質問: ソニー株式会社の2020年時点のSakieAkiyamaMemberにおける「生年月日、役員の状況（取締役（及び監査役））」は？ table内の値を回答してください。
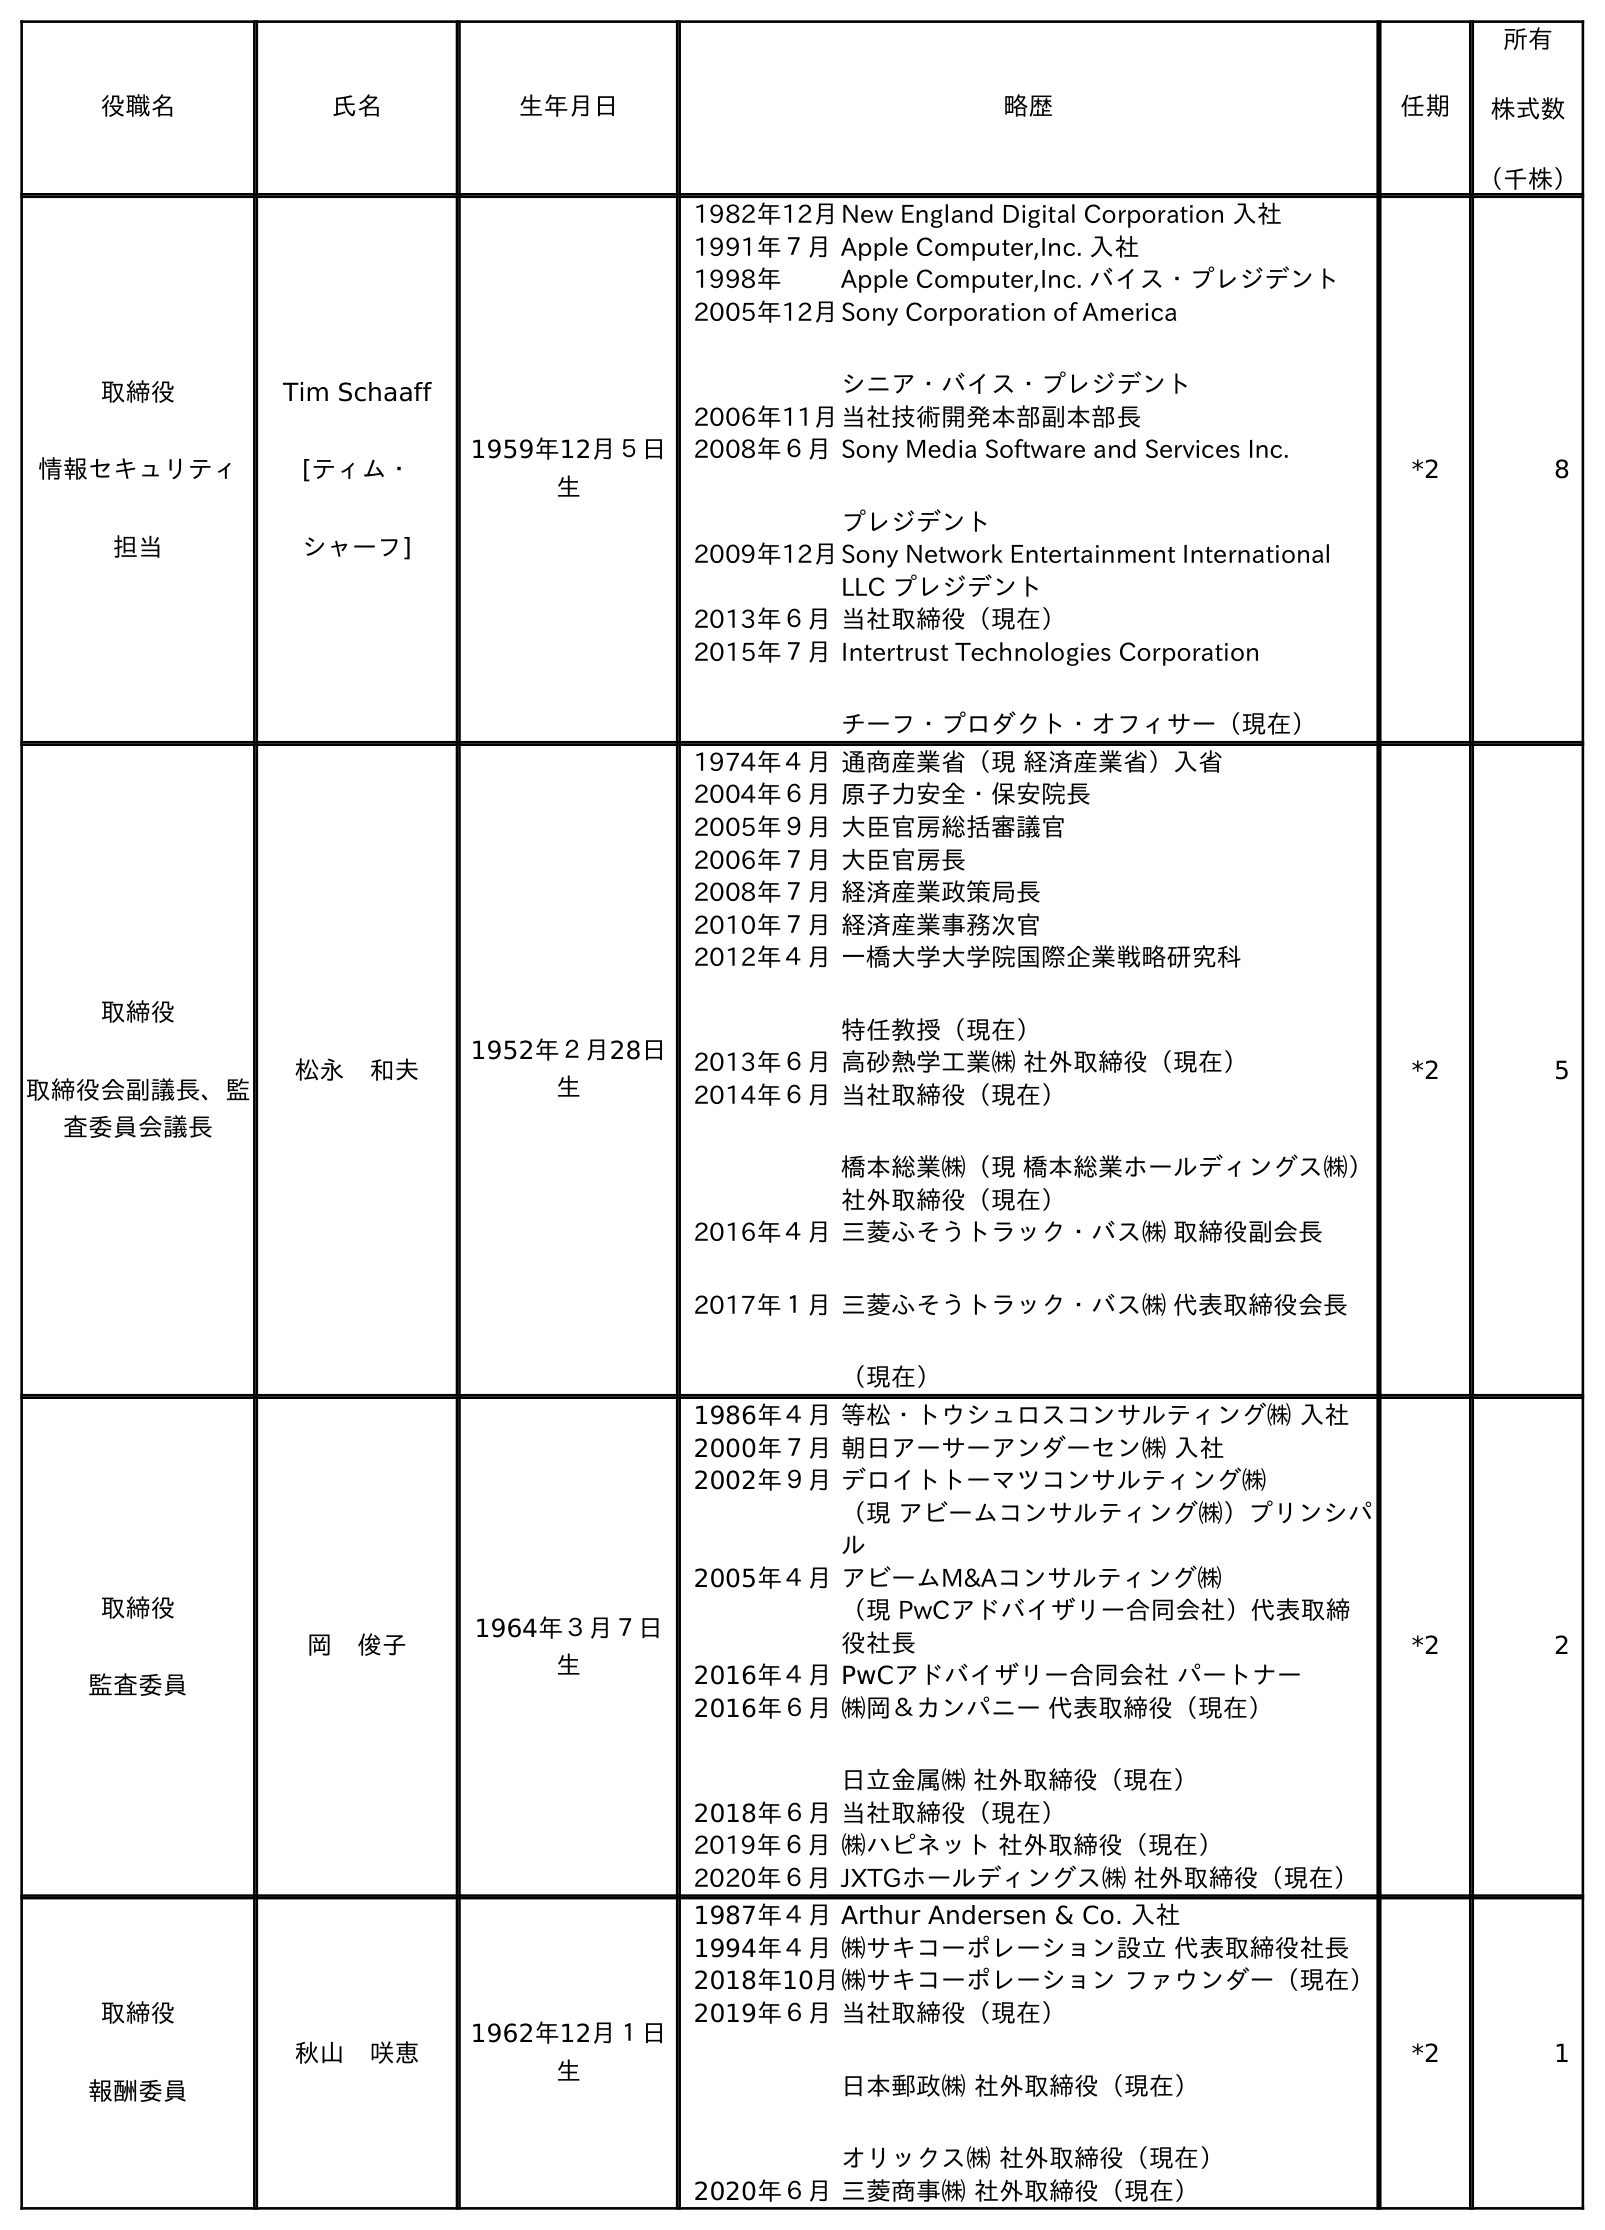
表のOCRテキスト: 役職名 氏名 生年月日 略歴 任期 所有 株式数 （千株） 取締役 情報セキュリティ 担当 Tim Schaaff [ティム・ シャーフ] 1959年12月５日 生 1982年12月New England Digital Corporation 入社 1991年７月Apple Computer,Inc. 入社 1998年 Apple Computer,Inc. バイス・プレジデント 2005年12月Sony Corporation of America シニア・バイス・プレジデント 2006年11月当社技術開発本部副本部長 2008年６月Sony Media Software and Services Inc. プレジデント 2009年12月Sony Network Entertainment International LLC プレジデント 2013年６月当社取締役（現在） 2015年７月Intertrust Technologies Corporation チーフ・プロダクト・オフィサー（現在） *2 8 取締役 取締役会副議長、監 査委員会議長 松永 和夫 1952年２月28日 生 1974年４月通商産業省（現 経済産業省）入省 2004年６月原子力安全・保安院長 2005年９月大臣官房総括審議官 2006年７月大臣官房長 2008年７月経済産業政策局長 2010年７月経済産業事務次官 2012年４月一橋大学大学院国際企業戦略研究科 特任教授（現在） 2013年６月高砂熱学工業㈱ 社外取締役（現在） 2014年６月当社取締役（現在） 橋本総業㈱（現 橋本総業ホールディングス㈱） 社外取締役（現在） 2016年４月 2017年１月 三菱ふそうトラック・バス㈱ 取締役副会長 三菱ふそうトラック・バス㈱ 代表取締役会長 （現在） *2 5 取締役 監査委員 岡 俊子 1964年３月７日 生 1986年４月等松・トウシュロスコンサルティング㈱ 入社 2000年７月朝日アーサーアンダーセン㈱ 入社 2002年９月デロイトトーマツコンサルティング㈱ （現 アビームコンサルティング㈱）プリンシパ ル 2005年４月アビームM&Aコンサルティング㈱ （現 PwCアドバイザリー合同会社）代表取締 役社長 2016年４月PwCアドバイザリー合同会社 パートナー 2016年６月㈱岡＆カンパニー 代表取締役（現在） 日立金属㈱ 社外取締役（現在） 2018年６月当社取締役（現在） 2019年６月㈱ハピネット 社外取締役（現在） 2020年６月JXTGホールディングス㈱ 社外取締役（現在） *2 2 取締役 報酬委員 秋山 咲恵 1962年12月１日 生 1987年４月Arthur Andersen & Co. 入社 1994年４月㈱サキコーポレーション設立 代表取締役社長 2018年10月㈱サキコーポレーション ファウンダー（現在） 2019年６月当社取締役（現在） 日本郵政㈱ 社外取締役（現在） オリックス㈱ 社外取締役（現在） 2020年６月三菱商事㈱ 社外取締役（現在） *2 1
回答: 1962年12月１日生